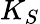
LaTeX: K_{S}